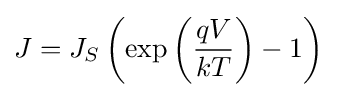
J=J_{S}\left(\exp \left({\frac {qV}{kT}}\right)-1\right)